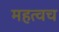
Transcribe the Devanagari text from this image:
महत्वच